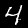
Digit: 4